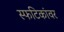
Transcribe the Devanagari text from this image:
स्फटिकांवर